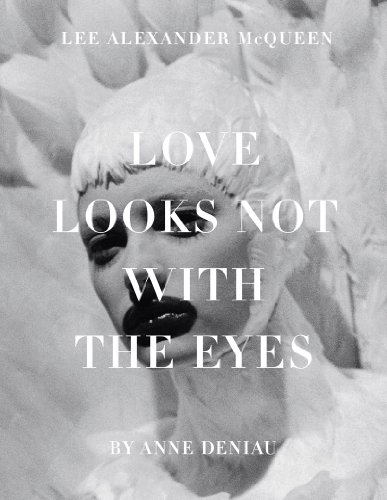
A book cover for Love Looks Not with the Eyes: Thirteen Years with Lee Alexander McQueen; Anne Deniau; Humor & Entertainment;